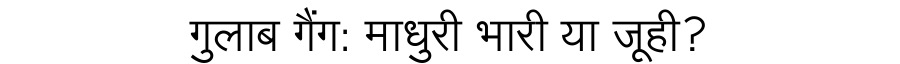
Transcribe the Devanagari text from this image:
गुलाब गैंग: माधुरी भारी या जूही?